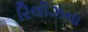
રિલીઝના